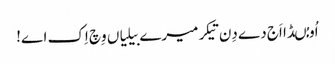
اُو مُںڈا اَج دے دِن تیکر میرے بیلیاں وِچ اِک اے!